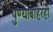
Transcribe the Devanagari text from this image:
पुण्याबाहेरही